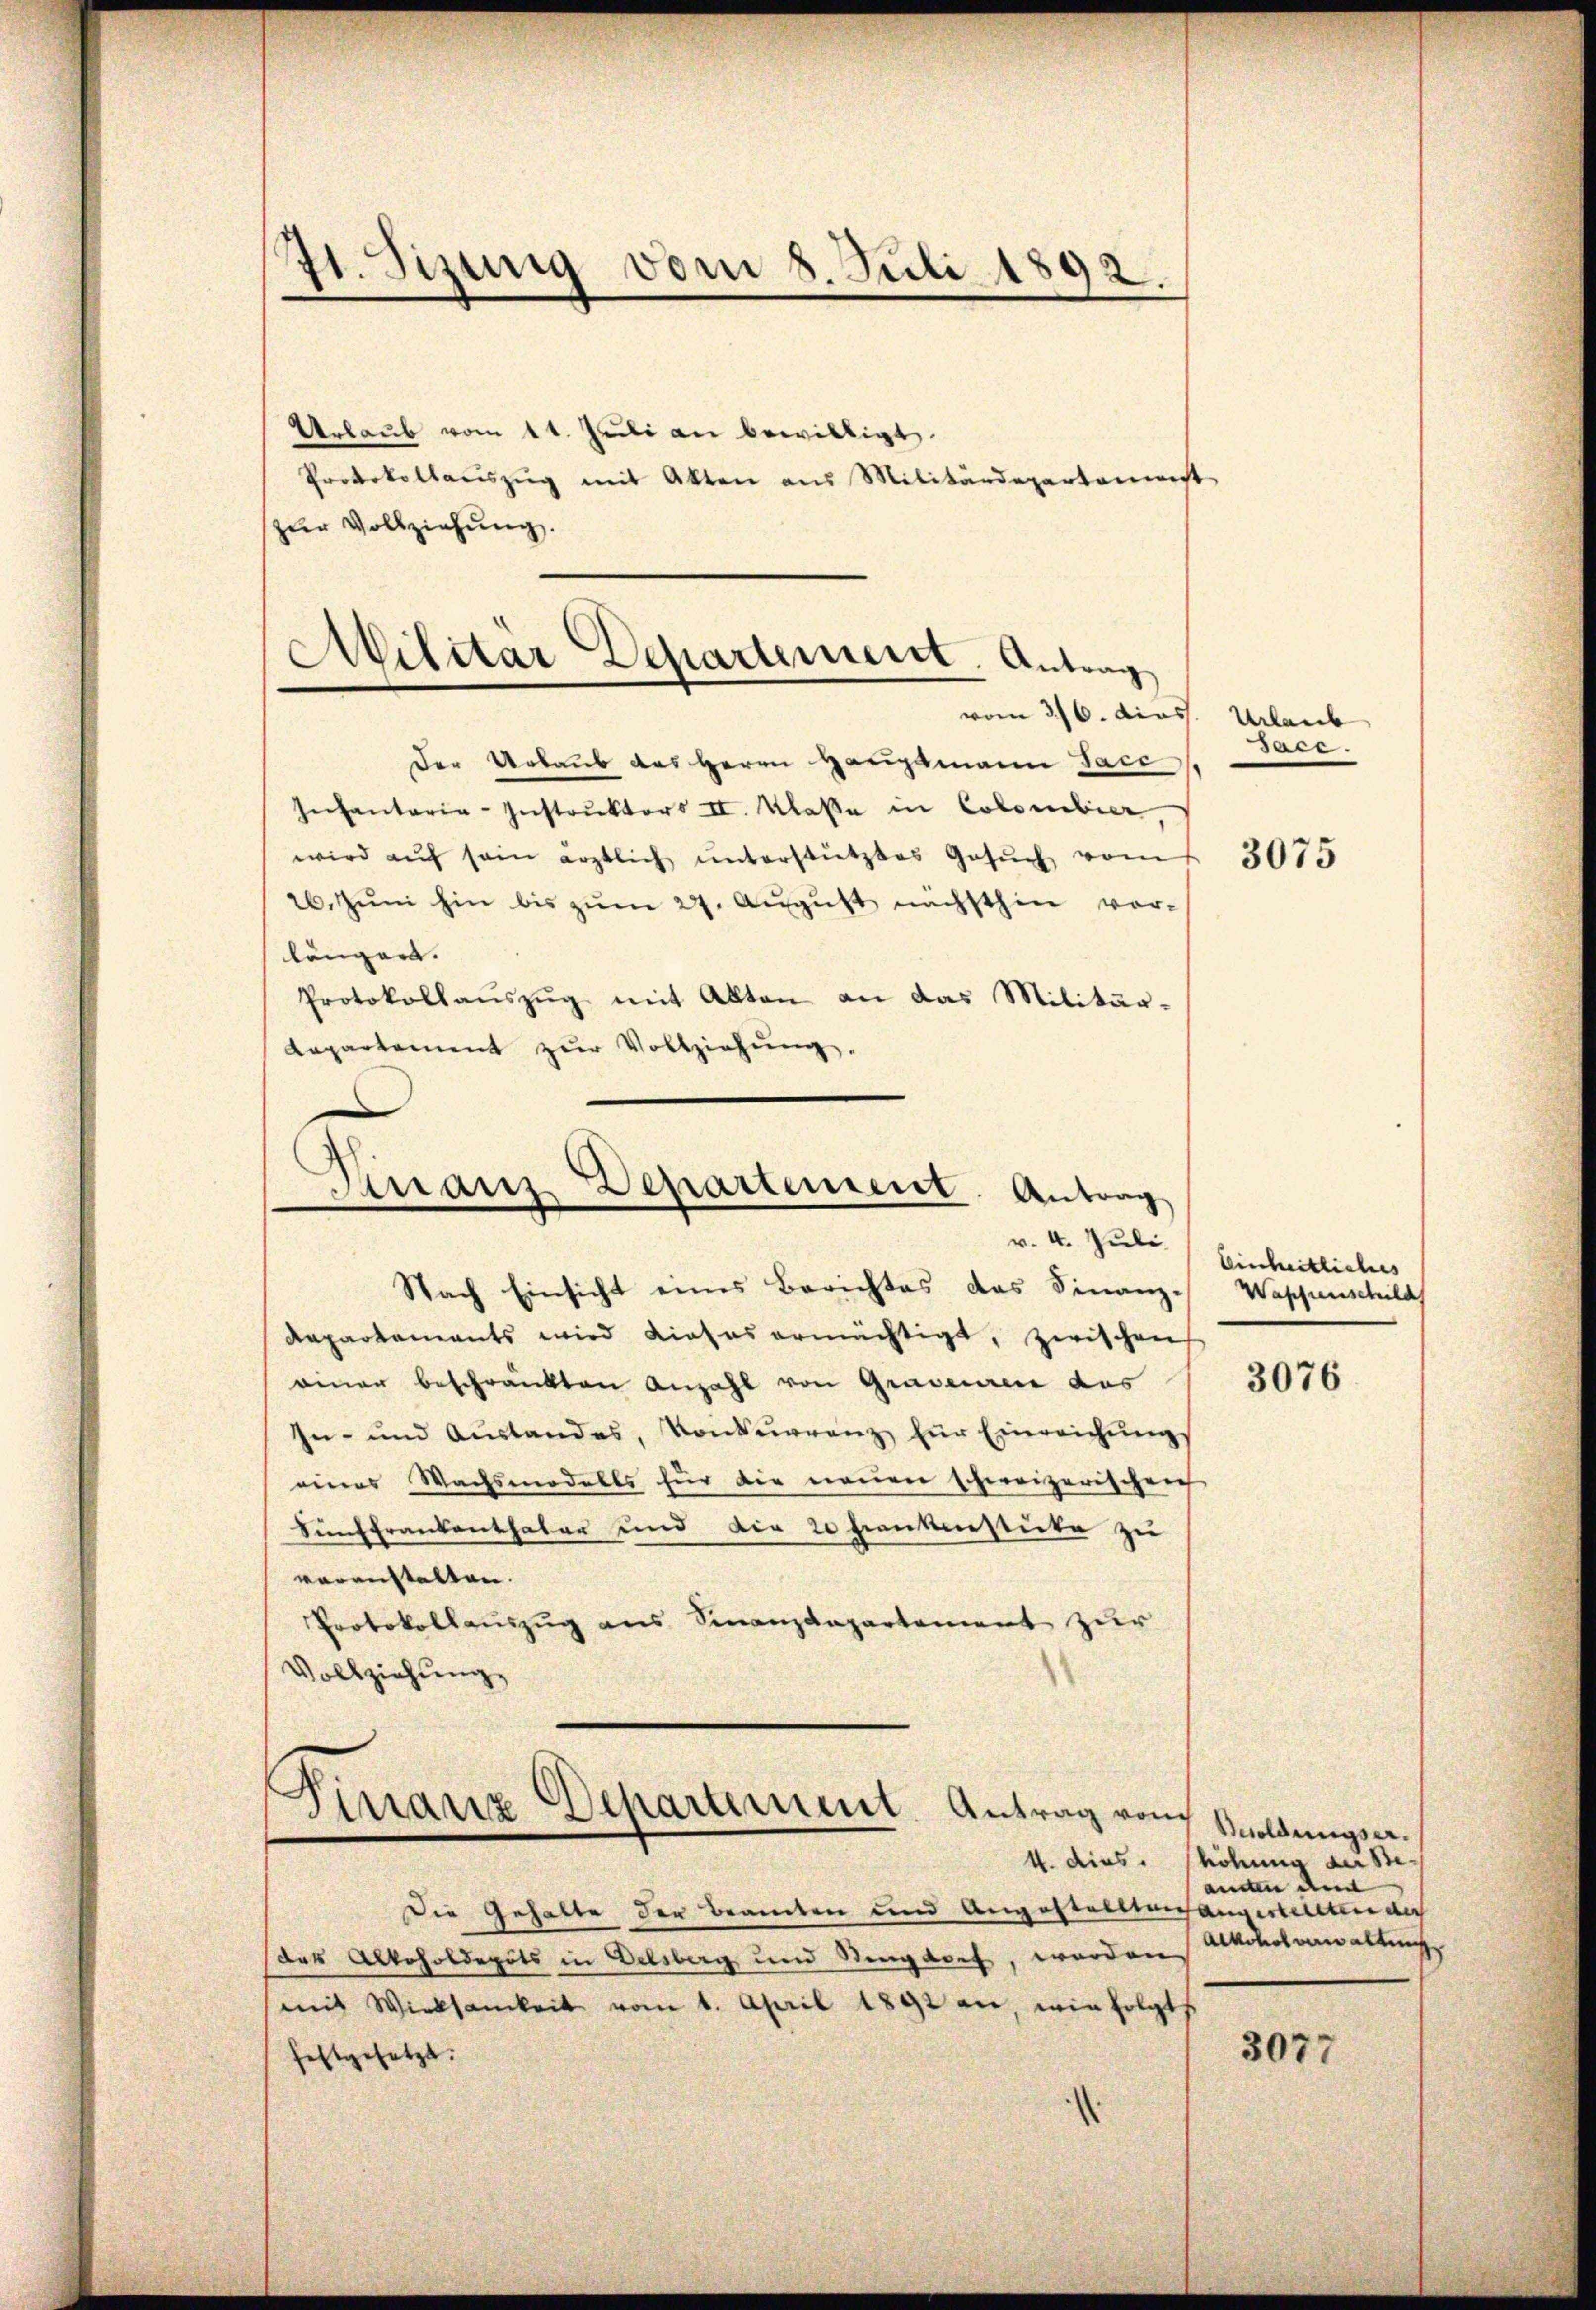
7t. Sizung vom 8. Juli 1892.

Urlaub vom 1t Juli an bewilligt.
Protokollaŭszŭg mit Akten aus Militärdepartamenst
zur Vollziehung.

Militär Departement. Antrag
vom 316. dies. Urlaub

Der Urlaub das Herrn Hauptmann Jace
Infantaria-Instruktors II. Klasse in Colombier
wird aŭf sein ärztlich unterstütztes Gesŭch vom
26. Juni hin bis zum 27. August nächsthin vorlänger. |
Protokollaŭszŭg mit Akten an das Militär-
Repartement zŭr Vollziehŭng.

Franz Departement. Antrag
v. 4. Juli

Nach Einsicht eines Berichtes das Finanz-
Repartements wird dieses ermächtigt, zwischen
einer beschränkten Anzahl von Graveuren das
In- und Aŭstandes, Konkurrenz für Einreichŭngs
eines Wachsmodalls für die neŭen schweizerischen
Fünffrankenthaler und die 20 Frankenstücke zu
voranstalten.
Protokollauszug aus Finanzdepartement zur
Vollziehung.

Finanz Departement. Antrag von

Die Gehalte der Beamten und Angestelltenhangertellten der
das Alkoholdepots in Delsberg und Sengdorf, worden
mit Wirksamkeit vom 1. April 1892 an, wie folgte
festgesetzt.

sace.

3075

Einheitliches
Wapfenschild

3076

Besoldungser.
4. dies höhung der Beandten denn
Alkohol verwaltung

3077